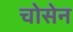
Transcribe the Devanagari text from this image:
चोसेन